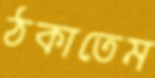
ঠকাতেম